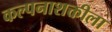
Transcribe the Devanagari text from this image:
कल्पनाशक्तीला